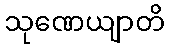
သုဏေယျာတိ